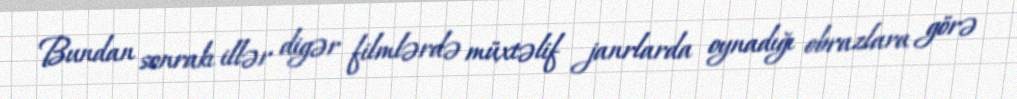
Bundan sonrakı illər digər filmlərdə müxtəlif janrlarda oynadığı obrazlara görə